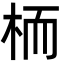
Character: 栭